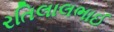
રતિલાલભાઈ